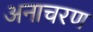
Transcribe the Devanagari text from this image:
अनाचरण